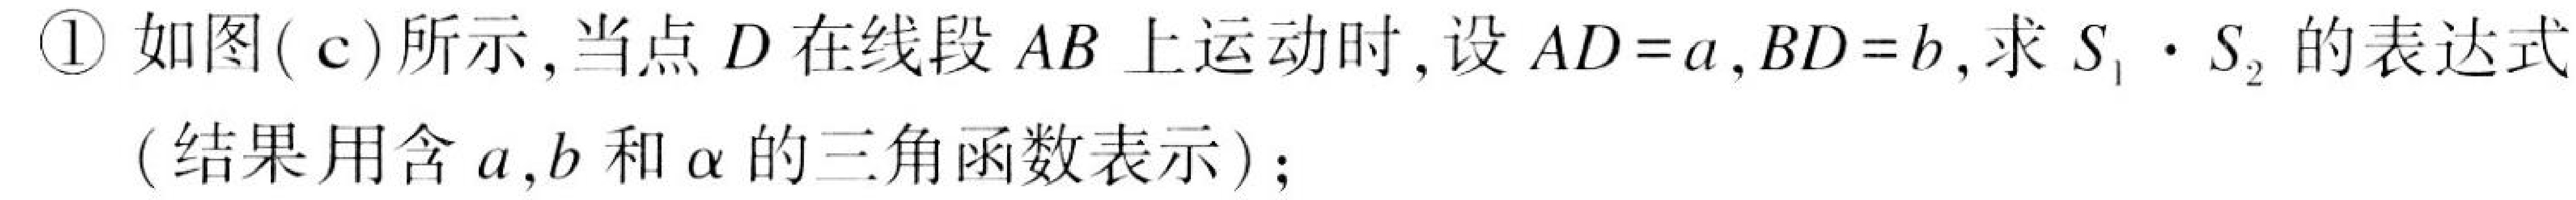
\textcircled{1} 如图( c)所示,当点\(D\)在线段\(AB\)上运动时,设\(AD = a\),\(BD = b\),求\(S_{1}\cdot S_{2}\)的表达式(结果用含\(a,b\)和\(\alpha\)的三角函数表示);